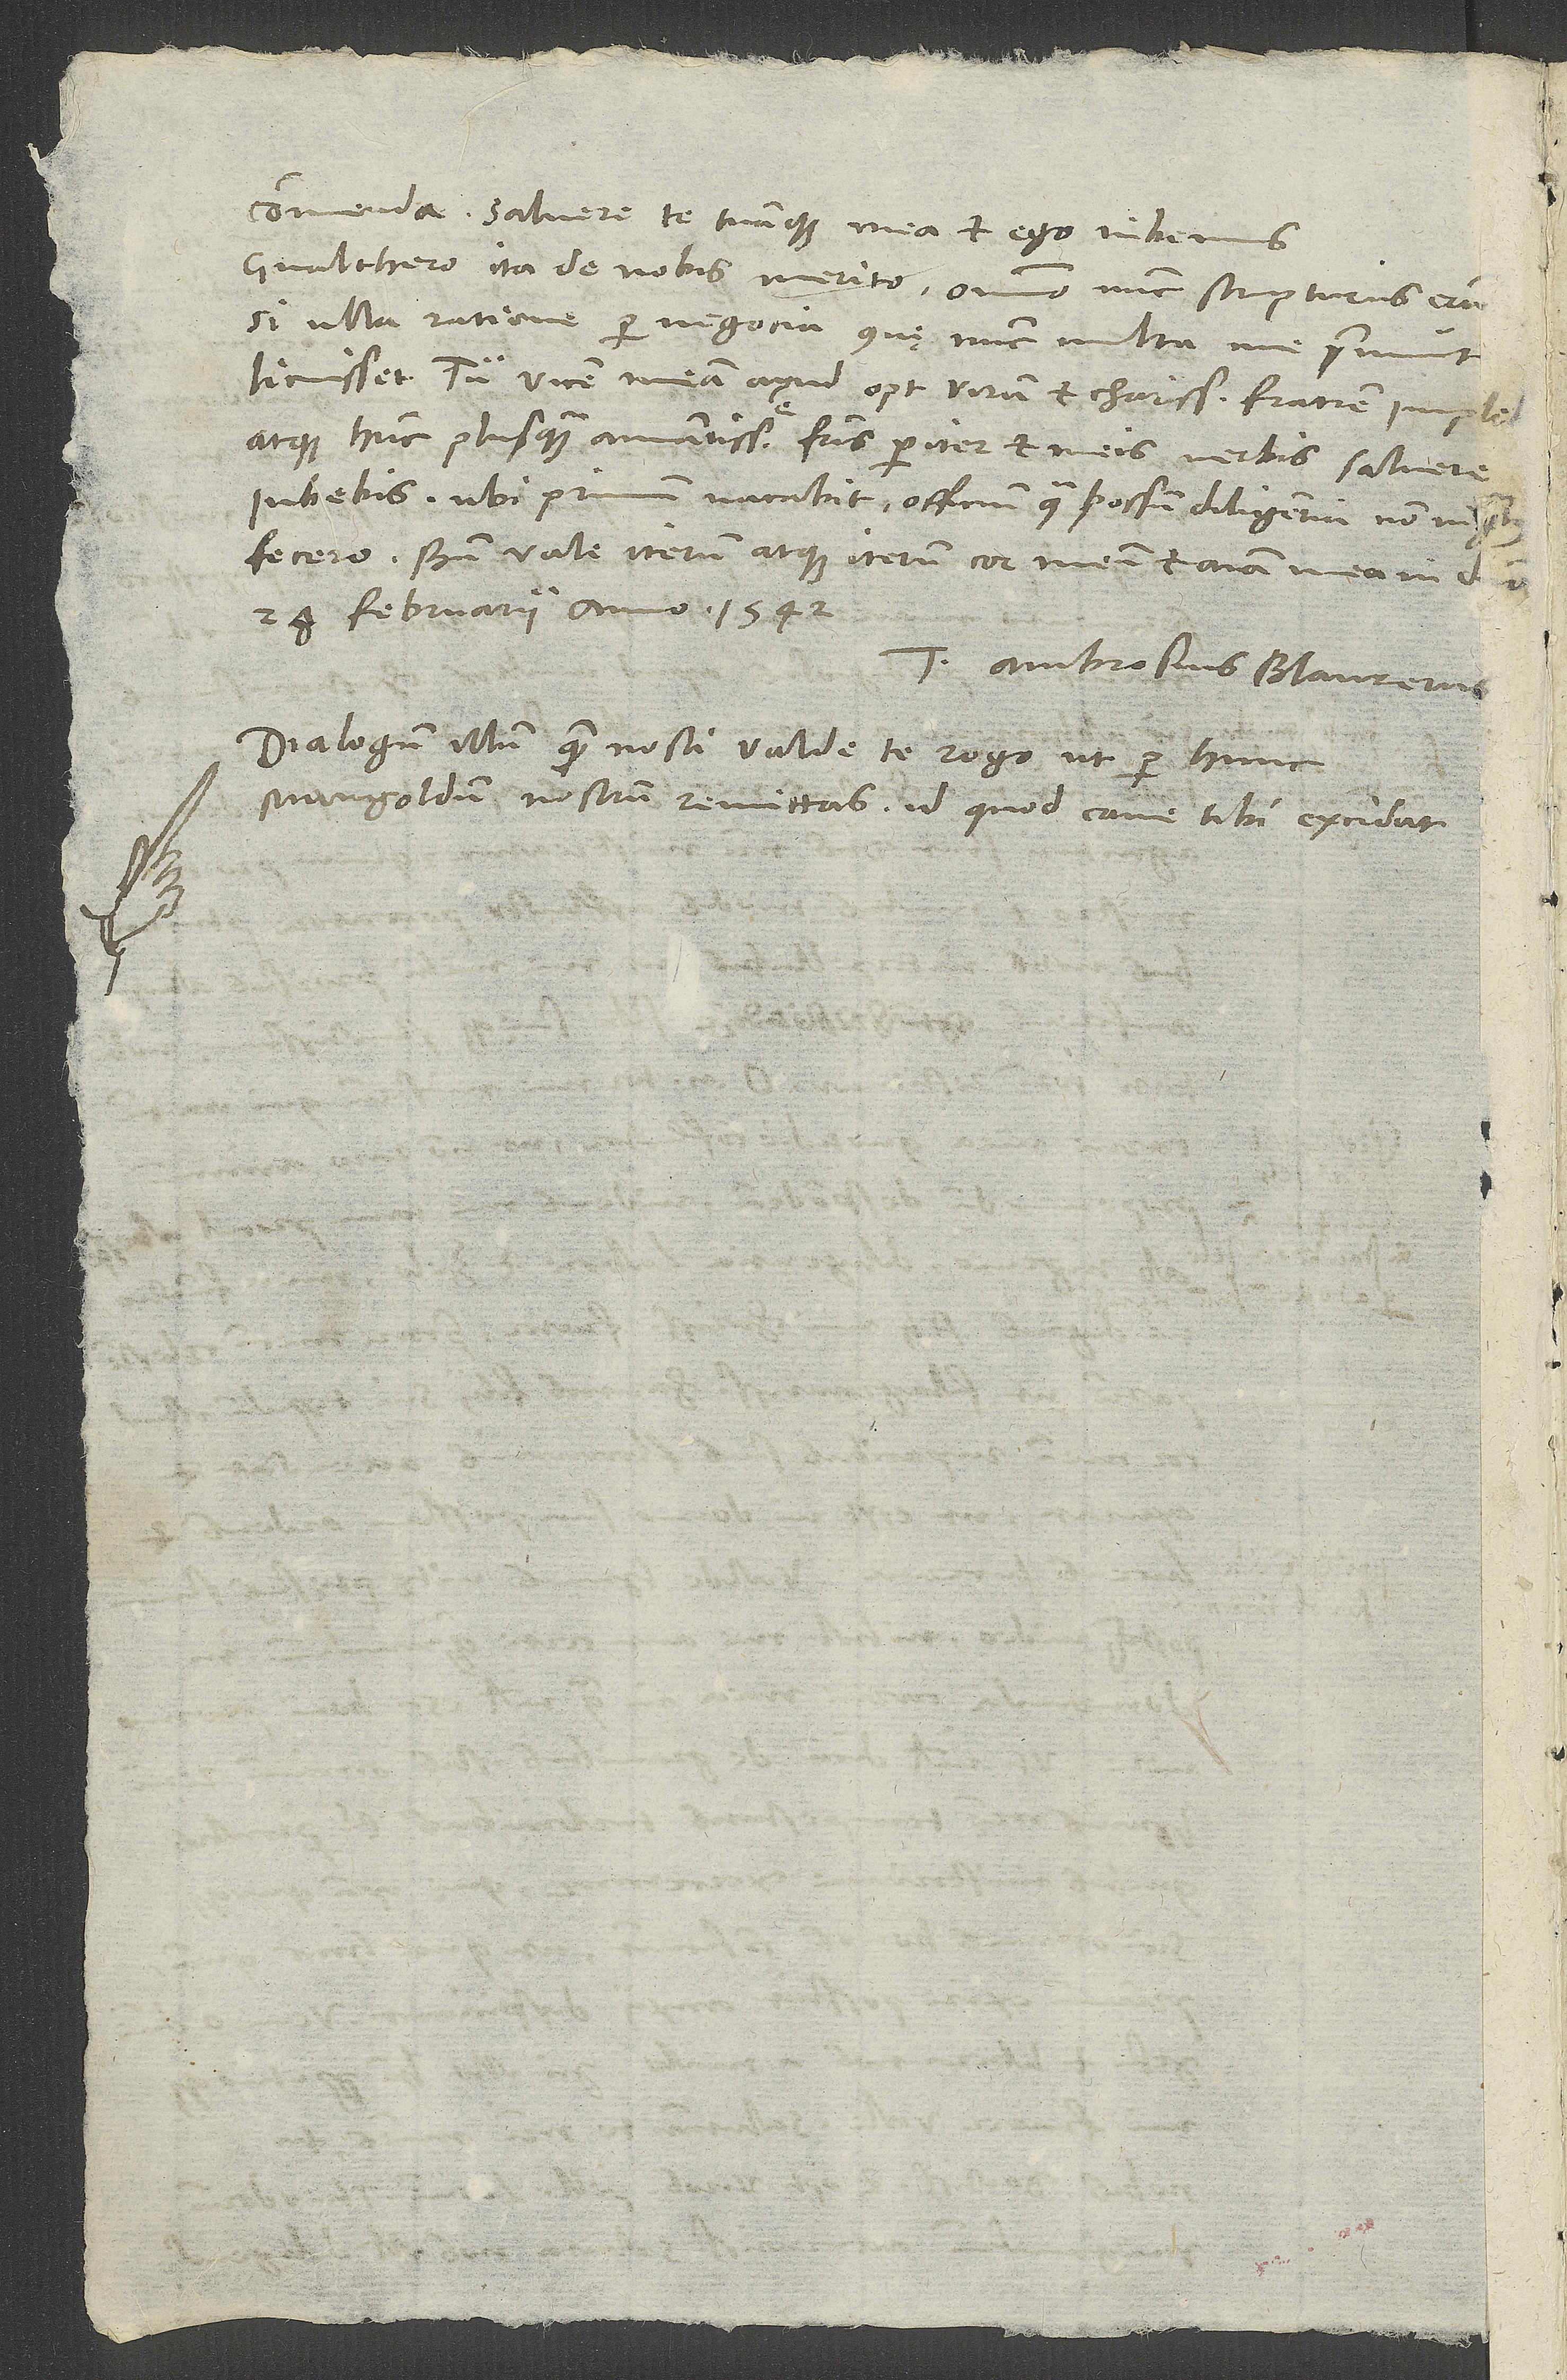
atque hunc plusquam amantissime fratris pariter et meis verbis salvere
iubebis; ubi primum vacabit officium, qua possum diligentia non ingratus
fuero. Bene vale iterum atque iterum, cor meum et anima mea in domino.
28. februarii anno 1542.
Tuus Ambrosius Blaurerus.
Dialogum illum, quem nosti, valde te rogo, ut per hunc
Mangoldum nostrum remittas, id quod cave tibi excidat.